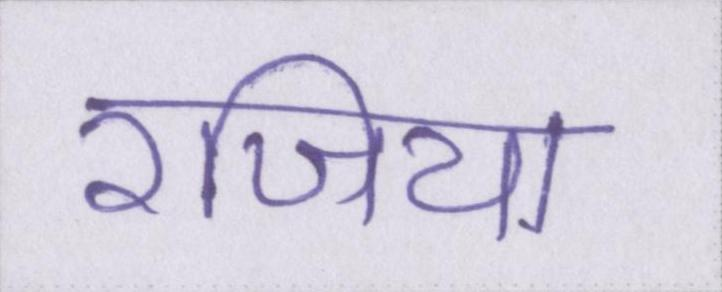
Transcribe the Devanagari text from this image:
रजिया